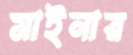
মাইনার